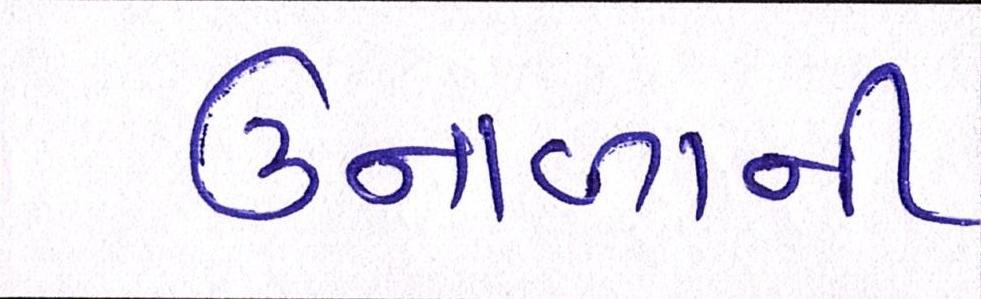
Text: ઉનાળાની